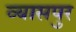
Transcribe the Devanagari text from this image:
व्‍यासपुर